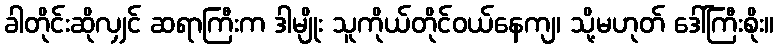
ခါတိုင်းဆိုလျှင် ဆရာကြီးက ဒါမျိုး သူကိုယ်တိုင်ဝယ်နေကျ၊ သို့မဟုတ် ဒေါ်ကြီးစိုး။